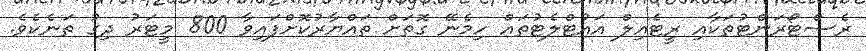
ރެސްޓޯރަންޓުތަކާއި ރީޓެއިލް އައުޓްލެޓުތައް ހިމެނޭ ގޮތަށް ތައްޔާރުކޮށްފައިވާ 800 މީޓަރު ދިގު ތަނެކެވެ.